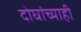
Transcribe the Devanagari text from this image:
दोघांच्‍याही